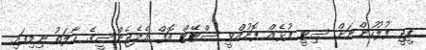
ޕީޖީ ފުލުހުންނަށް ސިޓީ ފުޅެއް ފޮނުއްވީ ސްޓޭޓް އޮފް އެމެޖެންސީގެ ހާލަތު ނިމިފައި